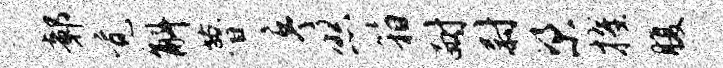
鄣觉斛瞢序照箱耐尉梁擢腹